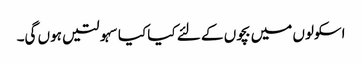
اسکولوں میں بچوں کے لئے کیا کیا سہولتیں ہوں گی۔